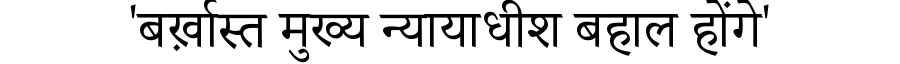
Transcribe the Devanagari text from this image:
'बर्ख़ास्त मुख्य न्यायाधीश बहाल होंगे'